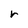
Character: r